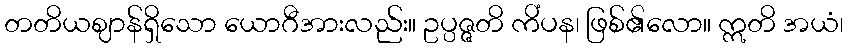
တတိယဈာန်ရှိသော ယောဂီအားလည်း။ ဥပ္ပဇ္ဇတိ ကိံပန၊ ဖြစ်၏လော။ ဣတိ အယံ၊